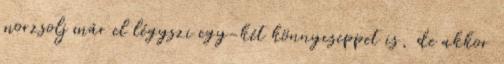
morzsolj már el légyszi egy-két könnycseppet is, de akkor